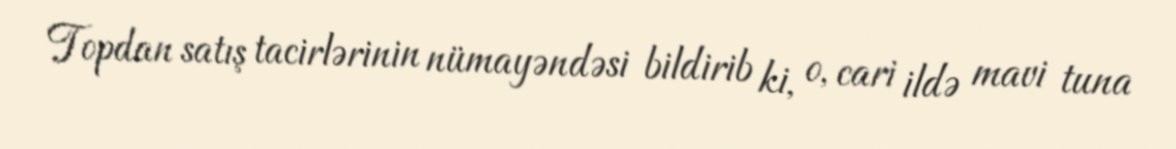
Topdan satış tacirlərinin nümayəndəsi bildirib ki, o, cari ildə mavi tuna